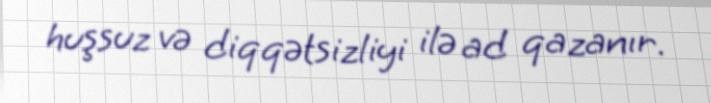
huşsuz və diqqətsizliyi ilə ad qazanır.